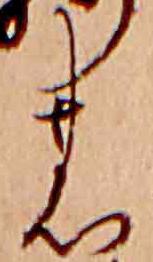
の